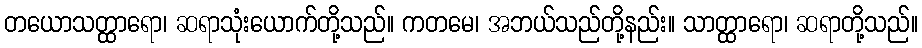
တယောသတ္ထာရော၊ ဆရာသုံးယောက်တို့သည်။ ကတမေ၊ အဘယ်သည်တို့နည်း။ သာတ္ထာရော၊ ဆရာတို့သည်။